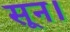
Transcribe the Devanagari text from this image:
सून।